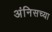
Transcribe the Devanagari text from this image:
अंनिसच्या